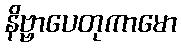
နိဗ္ဗာပေတုကာမော